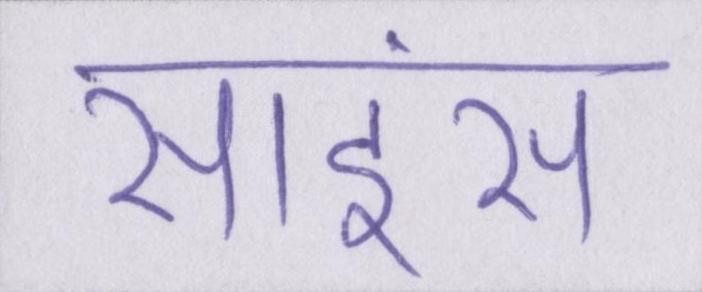
साइंस